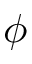
\phi